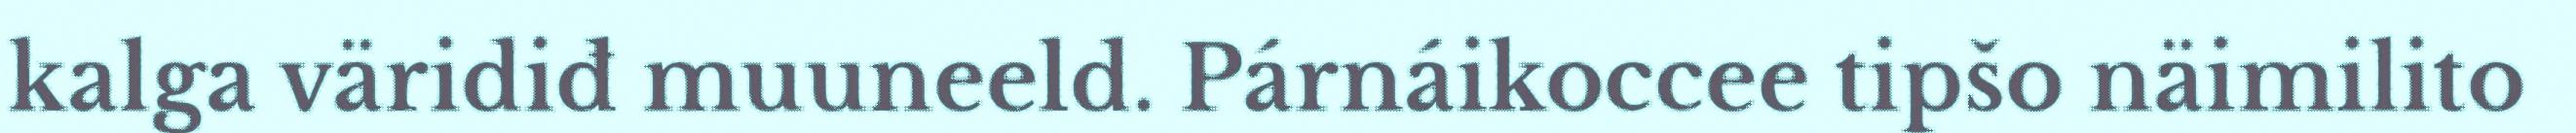
kalga väridiđ muuneeld. Párnáikoccee tipšo näimilito